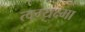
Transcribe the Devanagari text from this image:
त्वग्यक्ष्मा